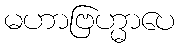
မဟာဗြဟ္မာပေ